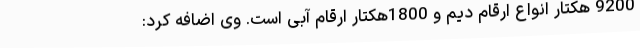
9200 هکتار انواع ارقام دیم و 1800هکتار ارقام آبی است. وی اضافه کرد: